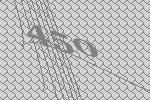
450